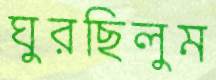
ঘুরছিলুম